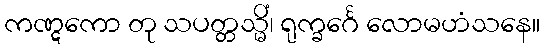
ကဏ္ဋကော တု သပတ္တသ္မိံ၊ ရုက္ခင်္ဂေ လောမဟံသနေ။